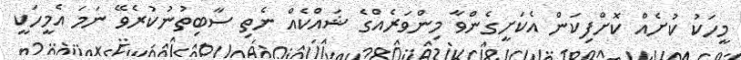
މީހަކު ކުށެއް ކޮށްފިކަން އެކަށީގެންވާ މިންވަރެއްގެ ޝައްކެއް ނެތި ސާބިތުނުކުރެވޭ ނަމަ އެމީހަކީ